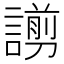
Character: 謭